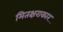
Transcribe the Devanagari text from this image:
मितक्षराकार